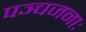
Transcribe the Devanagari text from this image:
पञ्चजनाः